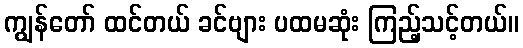
ကျွန်တော် ထင်တယ် ခင်ဗျား ပထမဆုံး ကြည့်သင့်တယ်။